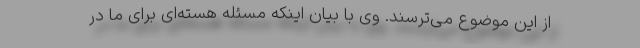
از این موضوع می‌ترسند. وی با بیان اینکه مسئله هسته‌ای برای ما در